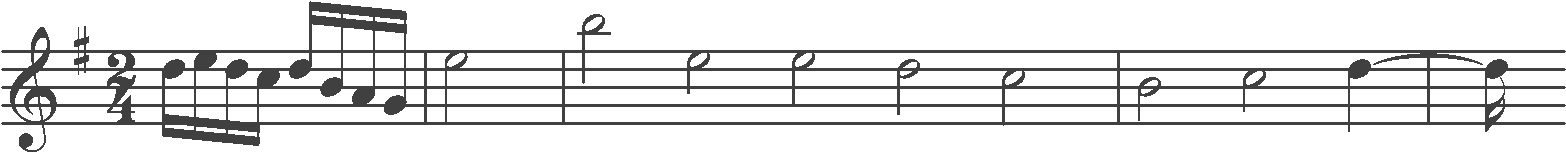
Transcription: clef-G2 keySignature-GM timeSignature-2/4 note-D5_sixteenth note-E5_sixteenth note-D5_sixteenth note-C5_sixteenth note-D5_sixteenth note-B4_sixteenth note-A4_sixteenth note-G4_sixteenth barline note-E5_half barline note-B5_half note-E5_half note-E5_half note-D5_half note-C5_half barline note-B4_half note-C5_half note-D5_quarter tie barline note-D5_sixteenth